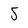
Character: 5